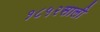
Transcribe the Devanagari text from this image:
१८५२साली